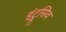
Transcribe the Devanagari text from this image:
इंट्रूसिव